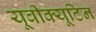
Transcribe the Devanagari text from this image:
यूबीक्यूटिन